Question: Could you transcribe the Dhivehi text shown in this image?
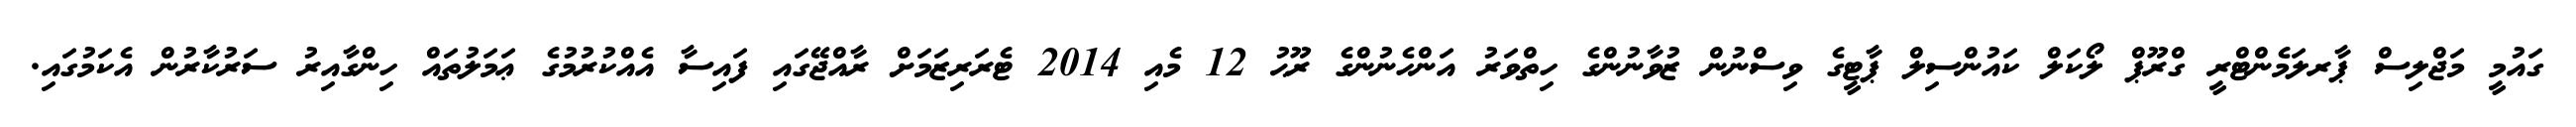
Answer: ގައުމީ މަޖްލިސް ޕާރލަމެންޓްރީ ގްރޫޕް ލޯކަލް ކައުންސިލް ޕާޓީގެ ވިސްނުން ޒުވާނުންގެ ހިތްވަރު އަންހެނުންގެ ރޫޙު 12 މެއި 2014 ޓެރަރިޒަމަށް ރާއްޖޭގައި ފައިސާ އެއްކުރުމުގެ ޢަމަލުތައް ހިންގާއިރު ސަރުކާރުން އެކަމުގައި.